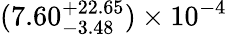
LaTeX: (7.60_{-3.48}^{+22.65})\times 10^{-4}